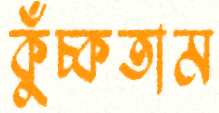
কুঁচ্‌কতাম